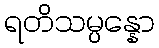
ရတိသမ္ပန္နော